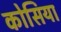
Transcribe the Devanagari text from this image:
कोसिया